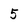
Character: 5